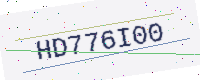
Text: HD776I00